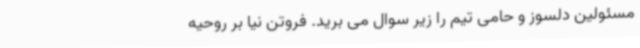
مسئولین دلسوز و حامی تیم را زیر سوال می برید. فروتن نیا بر روحیه